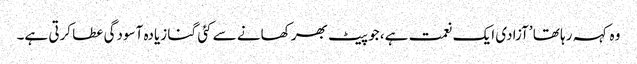
وہ کہہ رہا تھا ’آزادی ایک نعمت ہے، جو پیٹ بھر کھانے سے کئی گنا زیادہ آسودگی عطا کرتی ہے۔